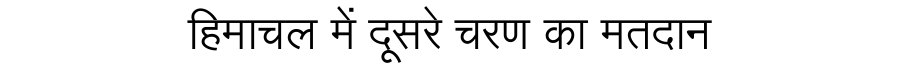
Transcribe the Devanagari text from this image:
हिमाचल में दूसरे चरण का मतदान